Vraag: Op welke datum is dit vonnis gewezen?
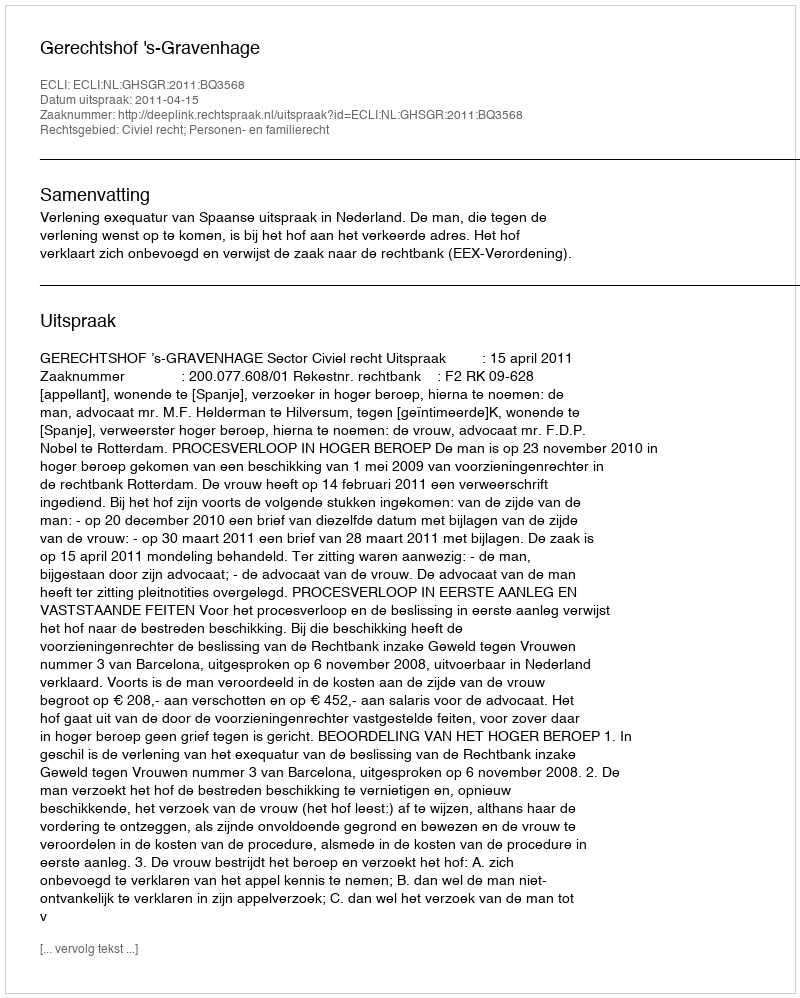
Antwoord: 2011-04-15